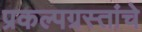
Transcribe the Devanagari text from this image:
प्रकल्पग्रस्तांचे